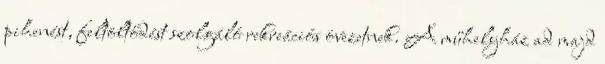
pihenést, feltöltődést szolgáló rekreációs övezetnek. A műhelyház ad majd